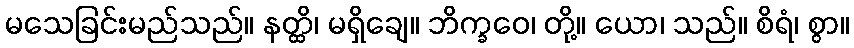
မသေခြင်းမည်သည်။ နတ္ထိ၊ မရှိချေ။ ဘိက္ခဝေ၊ တို့။ ယော၊ သည်။ စိရံ၊ စွာ။